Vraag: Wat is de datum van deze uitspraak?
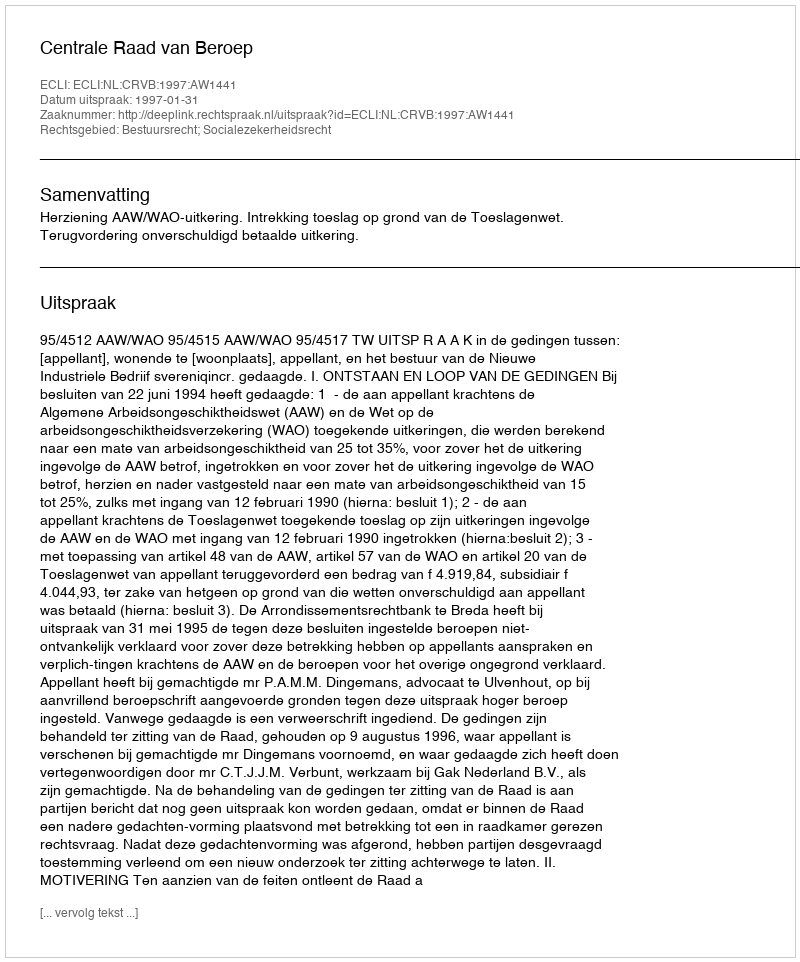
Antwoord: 1997-01-31